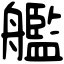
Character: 艦